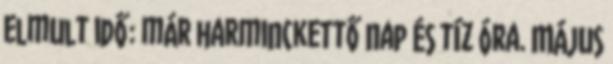
elmult idő: már harminckettő nap és tíz óra. Május